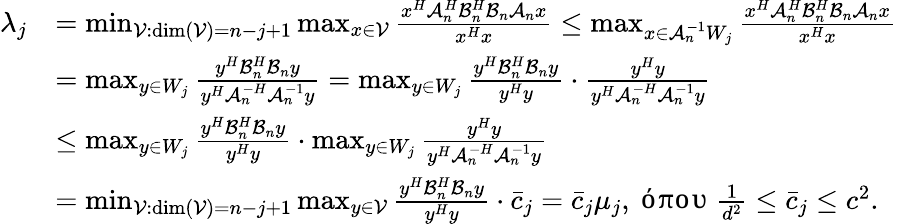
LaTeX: \begin{array}{rl}{\lambda_{j}}&{=\operatorname*{min}_{\mathcal{V}:\dim(\mathcal{V})=n-j+1}{\operatorname*{max}_{x\in\mathcal{V}}{\frac{x^{H}\mathcal{A}_{n}^{H}\mathcal{B}_{n}^{H}\mathcal{B}_{n}\mathcal{A}_{n}x}{x^{H}x}}}\leq\operatorname*{max}_{x\in\mathcal{A}_{n}^{-1}W_{j}}{\frac{x^{H}\mathcal{A}_{n}^{H}\mathcal{B}_{n}^{H}\mathcal{B}_{n}\mathcal{A}_{n}x}{x^{H}x}}}\\ &{=\operatorname*{max}_{y\in W_{j}}{\frac{y^{H}\mathcal{B}_{n}^{H}\mathcal{B}_{n}y}{y^{H}\mathcal{A}_{n}^{-H}\mathcal{A}_{n}^{-1}y}}=\operatorname*{max}_{y\in W_{j}}{\frac{y^{H}\mathcal{B}_{n}^{H}\mathcal{B}_{n}y}{y^{H}y}\cdot\frac{y^{H}y}{y^{H}\mathcal{A}_{n}^{-H}\mathcal{A}_{n}^{-1}y}}}\\ &{\leq\operatorname*{max}_{y\in W_{j}}{\frac{y^{H}\mathcal{B}_{n}^{H}\mathcal{B}_{n}y}{y^{H}y}}\cdot\operatorname*{max}_{y\in W_{j}}{\frac{y^{H}y}{y^{H}\mathcal{A}_{n}^{-H}\mathcal{A}_{n}^{-1}y}}}\\ &{=\operatorname*{min}_{\mathcal{V}:\dim(\mathcal{V})=n-j+1}{\operatorname*{max}_{y\in\mathcal{V}}{\frac{y^{H}\mathcal{B}_{n}^{H}\mathcal{B}_{n}y}{y^{H}y}}}\cdot\bar{c}_{j}=\bar{c}_{j}\mu_{j},\mathrm{~όπου~}\frac{1}{d^{2}}\leq\bar{c}_{j}\leq c^{2}.}\end{array}